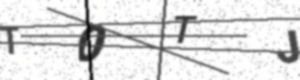
Text: T0TJ